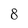
Character: 8